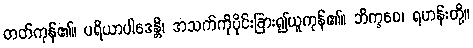
တတ်ကုန်၏။ ပရိယာပါဒေန္တိ၊ အသက်ကိုပိုင်းခြား၍ယူကုန်၏။ ဘိက္ခဝေ၊ ရဟန်းတို့။